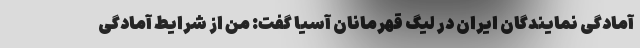
آمادگی نمایندگان ایران در لیگ قهرمانان آسیا گفت: من از شرایط آمادگی